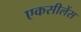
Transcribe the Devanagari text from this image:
एकसीलेंस